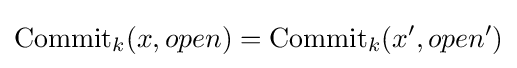
{\text{Commit}}_{k}(x,open)={\text{Commit}}_{k}(x',open')